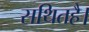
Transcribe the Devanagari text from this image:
सथितहै।